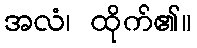
အလံ၊ ထိုက်၏။